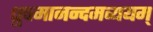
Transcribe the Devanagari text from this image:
ध्रुवमानन्दमव्ययम्